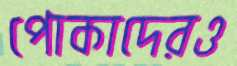
পোকাদেরও